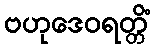
ဗဟုဒေဝရတ္တိံ